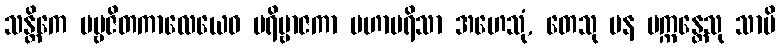
သန္တိကေ ပဗ္ဗဇိတကာလေယေဝ ပရိဗ္ဗာဇကာ မဟာပရိသာ အဟေသုံ, တေသု ပန ပက္ကန္တေသု သာပိ